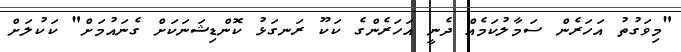
"މިވަގުތު އަހަރެން ސަމާލުކަމެއް ދެނީ އަހަރެންގެ ކަކޫ ރަނގަޅު ކޮންޑިޝަނަކަށް ގެނައުމަށް" ކަކުލަށް